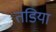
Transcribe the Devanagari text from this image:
तडिया